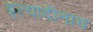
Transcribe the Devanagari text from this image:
इत्यादीनाच